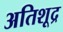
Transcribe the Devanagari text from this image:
अतिशूद्र